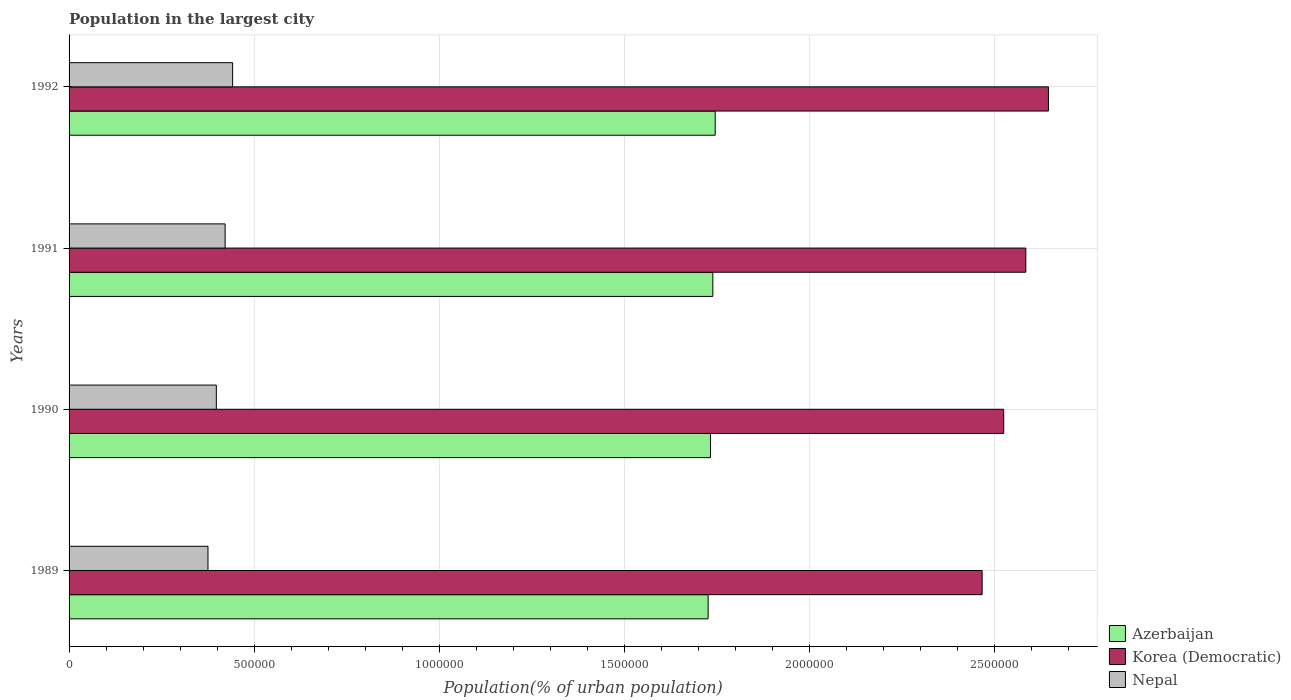
| Years | Azerbaijan | Korea (Democratic) | Nepal |
 | --- | --- | --- | --- |
 | 1989 | 1.73e+06 | 2.47e+06 | 3.75e+05 |
 | 1990 | 1.73e+06 | 2.53e+06 | 3.98e+05 |
 | 1991 | 1.74e+06 | 2.59e+06 | 4.22e+05 |
 | 1992 | 1.75e+06 | 2.65e+06 | 4.42e+05 |